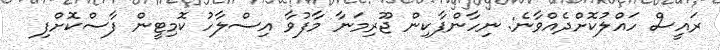
ރައީސް ހައްލުކޮށްދެއްވާނެ: ނިހާންޕާކިން ޖޫރިމަނާ މާފުވާ އިސްލާހު ކޮމިޓީން ފާސްކޮށްފި